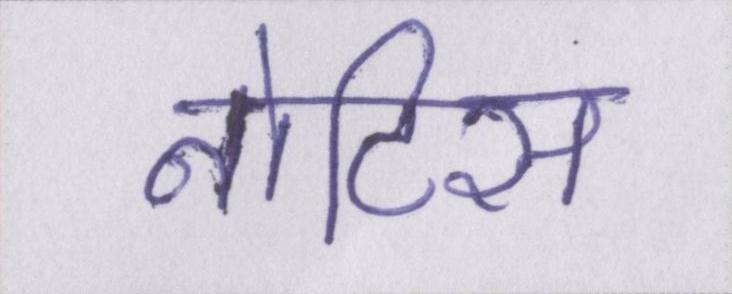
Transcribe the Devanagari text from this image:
नोटिस